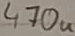
Text: 470u